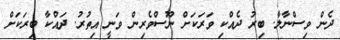
ދެން ވިސްނާލާ. ބިރު ދެއްކި ވަރަކަށް ނޫސްވެރިން ވަނީ އިތުރު. ދައްކާ ބިރަކަށް